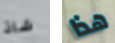
شاذ هذا